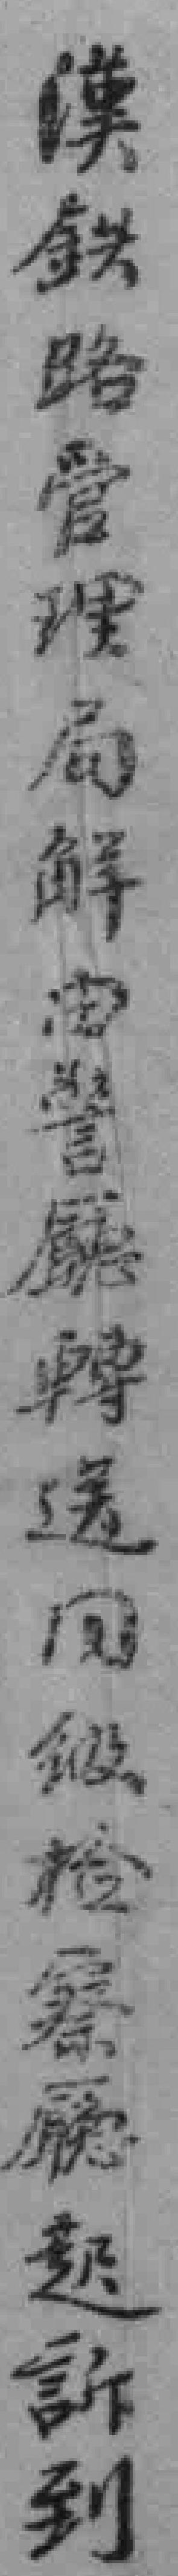
漢路管理局解由警廳轉送同級检察廳起訴到